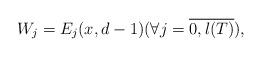
LaTeX: \begin{align*} W_j = E_j(x, d-1) (\forall j = \overline{0, l(T)}) ,\end{align*}